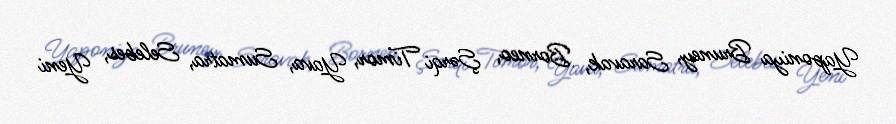
Yaponiya Bruney, Saravak, Borneo, Şərqi Timor, Yava, Sumatra, Selebes, Yeni